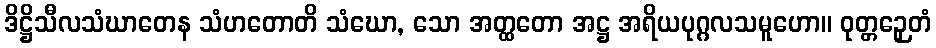
ဒိဋ္ဌိသီလသံဃာတေန သံဟတောတိ သံဃော, သော အတ္ထတော အဋ္ဌ အရိယပုဂ္ဂလသမူဟော။ ဝုတ္တဉှေတံ